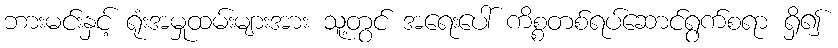
ဘားမင်းနှင့် ရုံးအမှုထမ်းများအား သူ့တွင် အရေးပေါ် ကိစ္စတစ်ရပ်ဆောင်ရွက်စရာ ရှိ၍